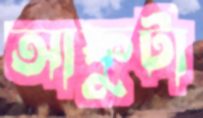
আফুটা